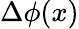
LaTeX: \Delta\phi(x)